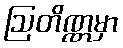
ဩတိဏ္ဏမှာ